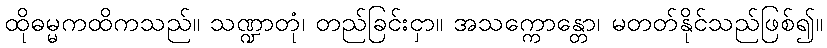
ထိုဓမ္မကထိကသည်။ သဏ္ဍာတုံ၊ တည်ခြင်းငှာ။ အသက္ကောန္တော၊ မတတ်နိုင်သည်ဖြစ်၍။